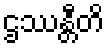
ဌဿန္တီတိ